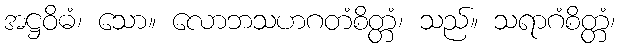
အဋ္ဌဝိဓံ၊ သော။ လောဘသဟဂတံစိတ္တံ၊ သည်။ သရာဂံစိတ္တံ၊